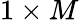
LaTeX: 1\times M